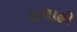
સલાહો